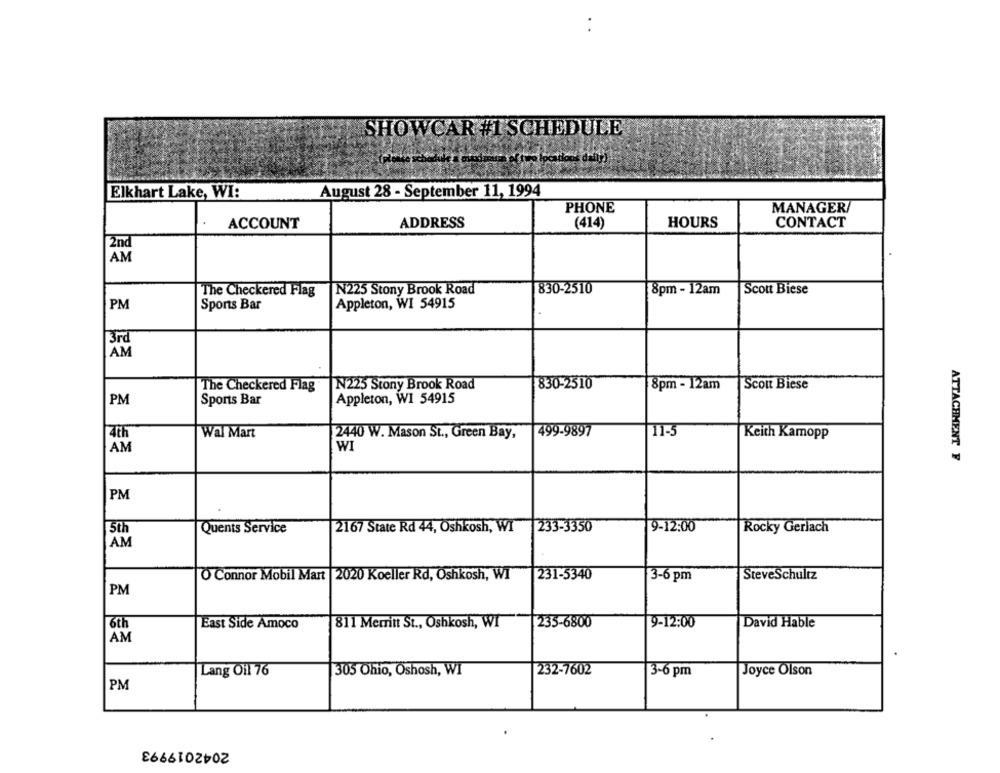
SHOWCAR #1 SCHEDULE
August 28 - September 11, 1994
Elkhart Lake, WI:
PHONE
MANAGER
ACCOUNT
ADDRESS
(414)
HOURS
CONTACT
2nd
The Checkered Flag
N225 Stony Brook Road
830-2510
8pm - 12am
Scott Biese
PM
Sports Bar
Appleton, WI 54915
3rd
AM
N225 Stony Brook Road
830-2510
8pm - 12am
Scott Biese
The Checkered Flag
PM
Sports Bar
Appleton, WI 54915
499-9897
11-5
4th
Wal Mart
2440 W. Mason St ., Green Bay,
Keith Kamopp
AM
WI
ATTACHMENT F
PM
5th
Quents Service
2167 State Rd 44, Oshkosh, WI
233-3350
9-12:00
Rocky Gerlach
AM
O Connor Mobil Mart |2020 Koeller Rd, Oshkosh, WI
231-5340
3-6 pm
SteveSchultz
PM
6th
East Side Amoco
811 Merritt St ., Oshkosh, WI
235-6800
9-12:00
David Hable
AM
Lang Oil 76
305 Ohio, Oshosh, WI
232-7602
3-6 pm
Joyce Olson
PM
2042019993